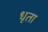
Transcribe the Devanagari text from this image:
धृता